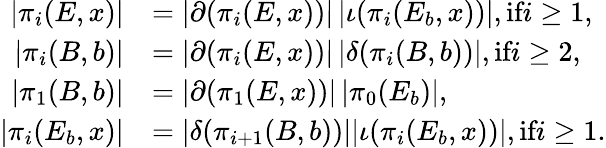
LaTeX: \begin{array}{rl}{|\pi_{i}(E,x)|}&{=|\partial(\pi_{i}(E,x))|\, |\iota(\pi_{i}(E_{b},x))|,\textrm{if}i\ge 1,}\\ {|\pi_{i}(B,b)|}&{=|\partial(\pi_{i}(E,x))|\, |\delta(\pi_{i}(B,b))|,\textrm{if}i\ge 2,}\\ {|\pi_{1}(B,b)|}&{=|\partial(\pi_{1}(E,x))|\, |\pi_{0}(E_{b})|,}\\ {|\pi_{i}(E_{b},x)|}&{=|\delta(\pi_{i+1}(B,b))||\iota(\pi_{i}(E_{b},x))|,\textrm{if}i\ge 1.}\end{array}